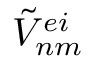
{ \tilde { V } } _ { n m } ^ { e i }